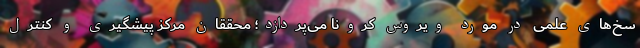
سخ‌های علمی در مورد ویروس کرونا می‌پردازد؛ محققان مرکز پیشگیری و کنترل